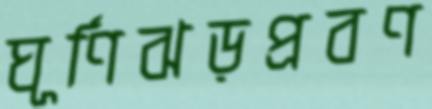
ঘূর্ণিঝড়প্রবণ